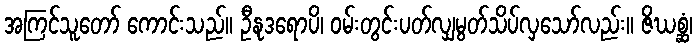
အကြင်သူတော် ကောင်းသည်။ ဦနုဒရောပိ၊ ဝမ်းတွင်းပတ်လျှမွတ်သိပ်လှသော်လည်း။ ဇိဃစ္ဆံ၊